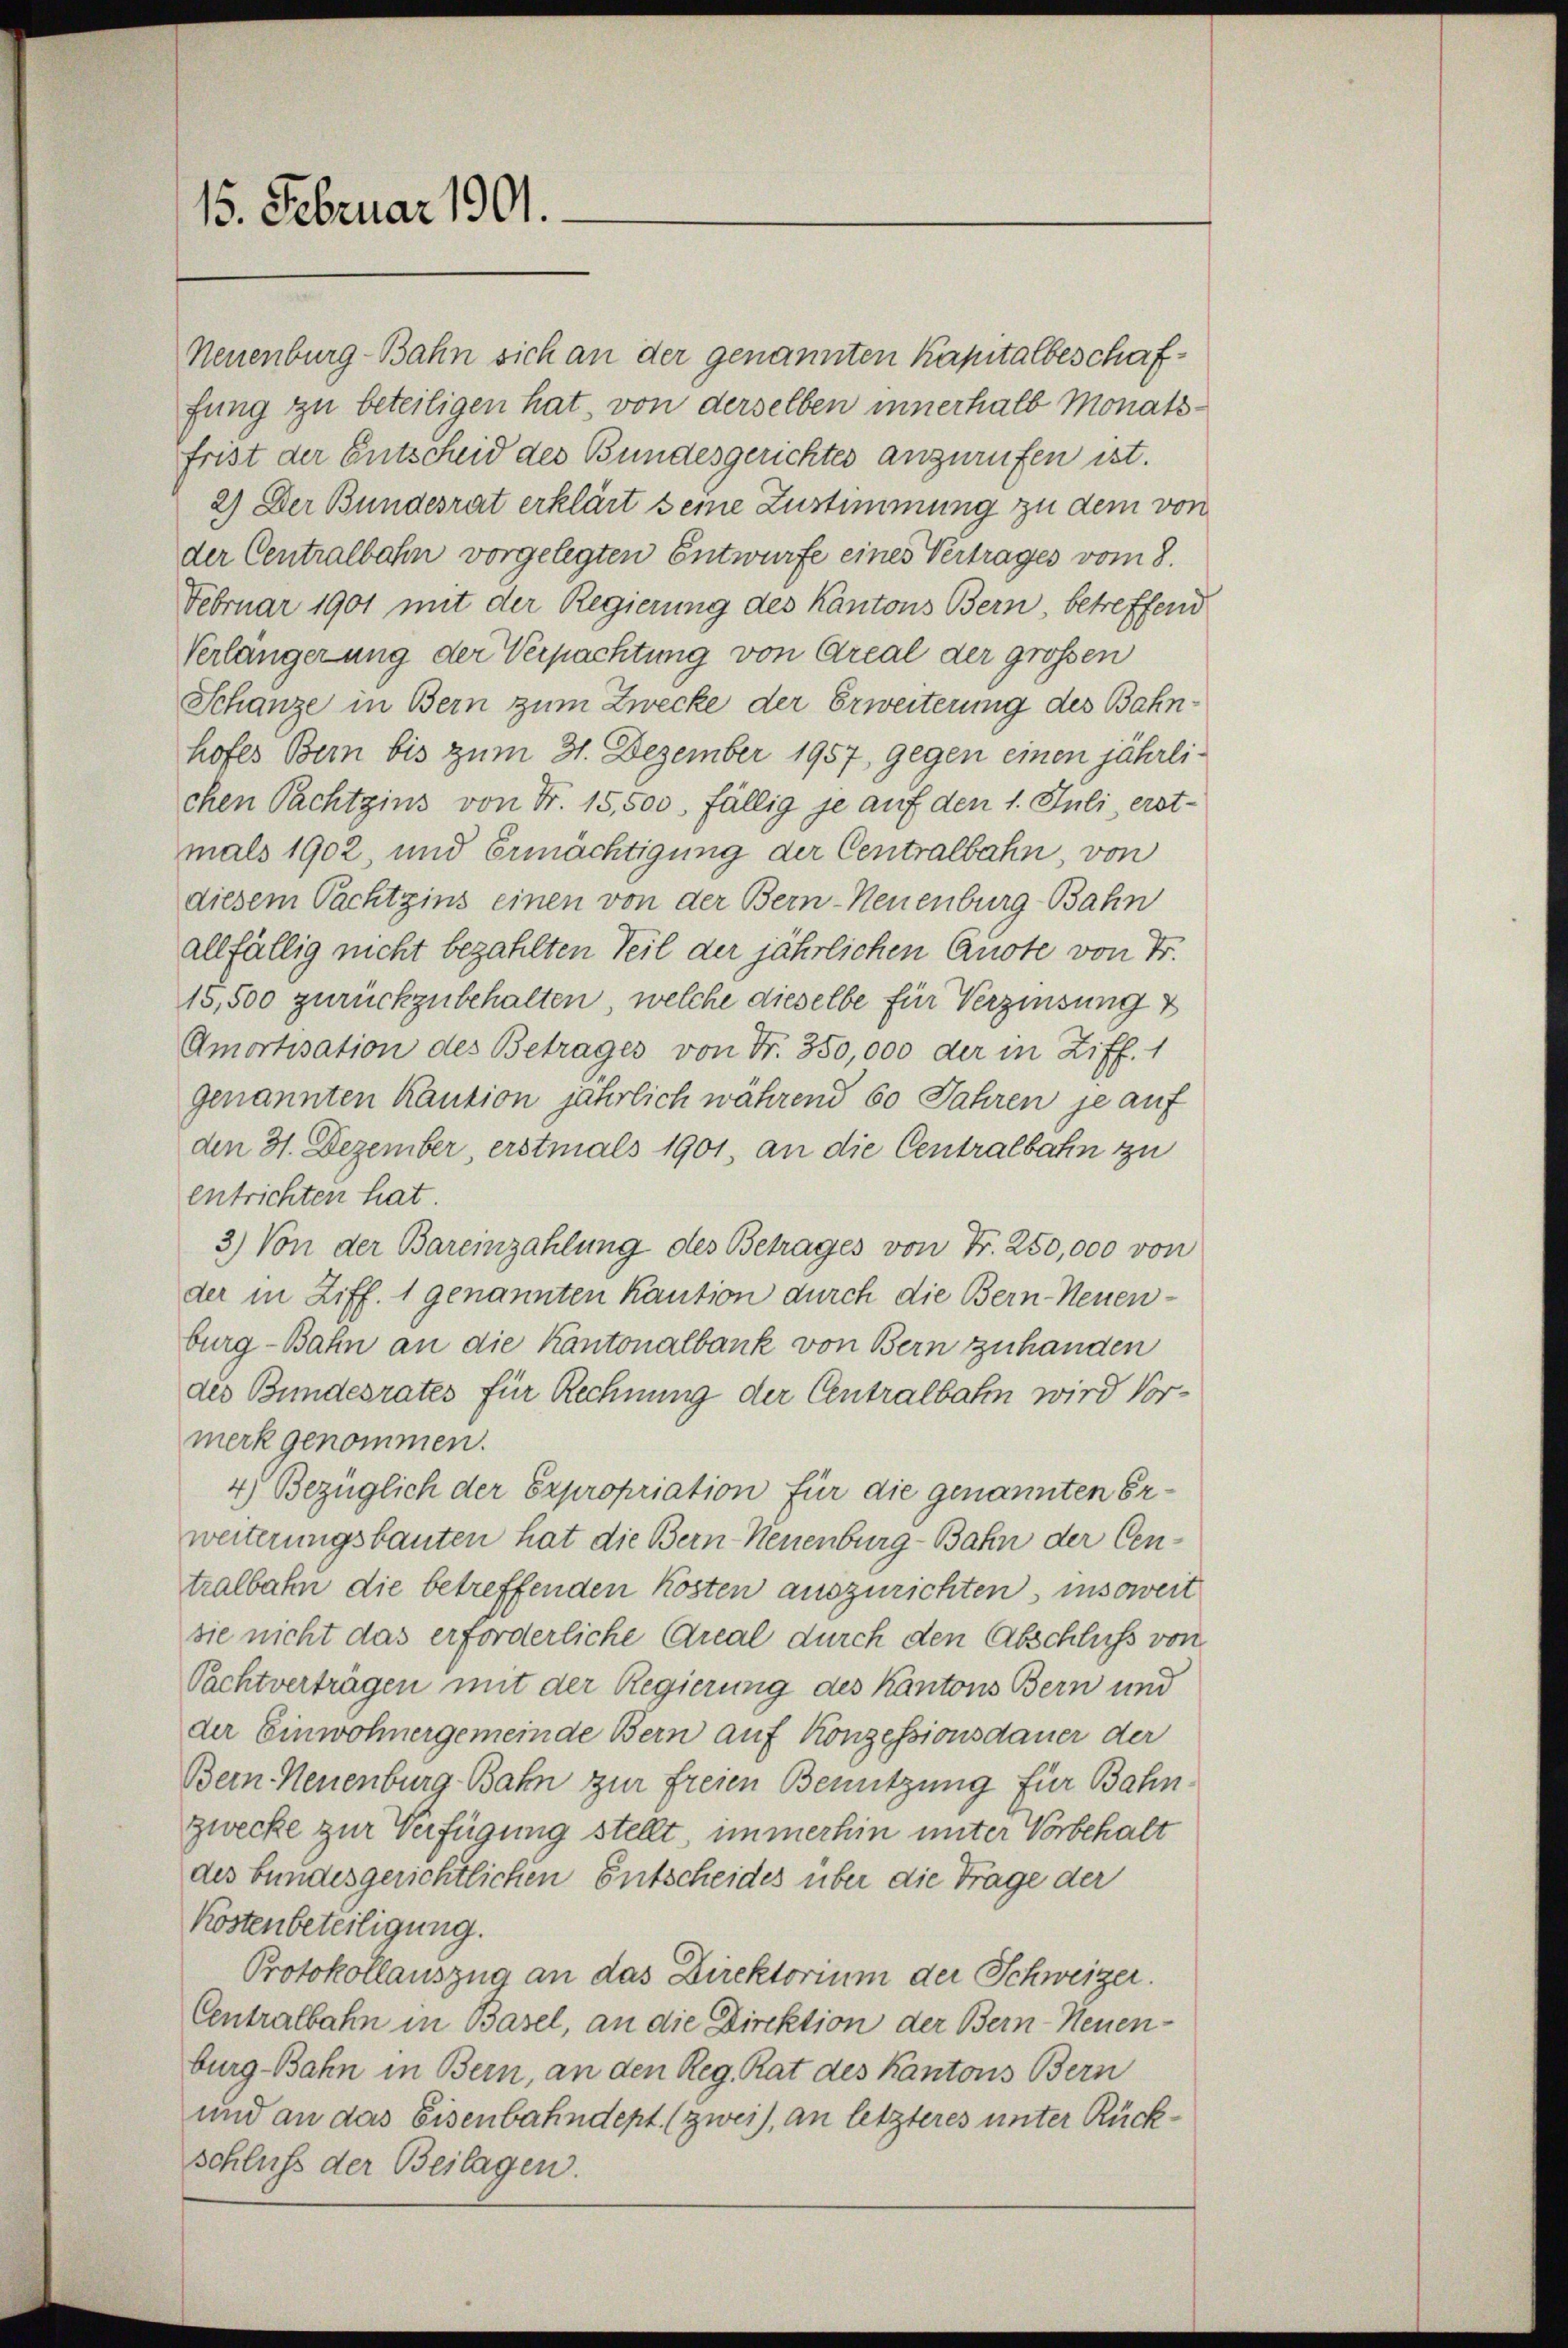
15. Februar 1901.

Neuenburg-Bahn sich an der genannten Kapitalbeschaffung zu beteiligen hat, von derselben innerhalb Monatsfrist der Entscheid des Bundesgerichtes anzurufen ist.
2.) Der Bundesrat erklärt seine Zustimmung zu dem von
der Centralbahn vorgelegten Entwurfe eines Vertrages vom 8.
Februar 1901 mit der Regierung des Kantons Bern, betreffend
Verlängerung der Verpachtung von Areal der grossen
Schanze in Bern zum Zwecke der Erweiterung des Bahnhofes Bern bis zum 31. Dezember 1957, gegen einen jährlichen Pachtzins von Fr. 15,500. fällig je auf den 1. Juli, erstmals 1902, und Ermächtigung der Centralbahn, von
diesem Pachtzins einen von der Bern-Neuenburg-Bahn
allfällig nicht bezahlten Teil der jährlichen Quote von Fr.
15,500 zurückzubehalten, welche dieselbe für Verzinsung
Amortisation des Betrages von Fr. 350,000 der in Ziff. 1
genannten Kaution jährlich während 60 Jahren je auf
den 31. Dezember, erstmals 1901, an die Centralbahn zu
entrichten hat.
3.) Von der Bareinzahlung des Betrages von Fr. 250,000 von
der in Ziff. 1 genannten Kaution durch die Bern-Neuenburg-Bahn an die Kantonalbank von Bern zuhanden
des Bundesrates für Rechnung der Centralbahn wird Vormerk genommen.
4) Bezüglich der Expropriation für die genannten Erweiterungsbauten hat die Bern-Neuenburg-Bahn der Centralbahn die betreffenden Kosten auszurichten, insoweit
sie nicht das erforderliche Areal durch den Abschluß von
Pachtverträgen mit der Regierung des Kantons Bern und
der Einwohnergemeinde Bern auf Konzessionsdauer der
Bern Neuenburg-Bahn zur freien Benützung für Bahnzwecke zur Verfügung stellt, immerhin unter Vorbehalt
des bundesgerichtlichen Entscheides über die Trage der
Kostenbeteiligung.
Protokollauszug an das Direktorium der Schweizer.
Centralbahn in Basel, an die Direktion der Bern-Neuenburg-Bahn in Bern, an den Reg. Rat des Kantons Bern
und an das Eisenbahndept. (zwei), an letzteres unter Rückschluß der Beilagen.